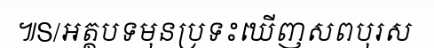
៕S/អត្ថបទមុនប្រទះឃើញសពបុរស